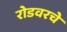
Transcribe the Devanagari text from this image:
रोडवरचे